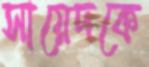
সায়েদকে